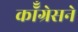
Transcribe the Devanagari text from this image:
कॉँग्रेसने